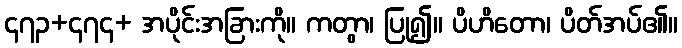
၄၇၃+၄၇၄+ အပိုင်းအခြားကို။ ကတွာ၊ ပြု၍။ ပိဟိတော၊ ပိတ်အပ်၏။